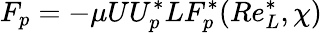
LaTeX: F_{p}=-\mu UU_{p}^{*}LF_{p}^{*}(Re_{L}^{*},\chi)